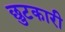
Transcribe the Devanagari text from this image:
छुटकारी